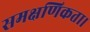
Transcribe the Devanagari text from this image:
समक्षणिकता।